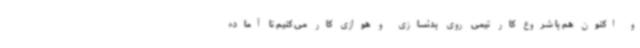
و اکنون هم با شروع کار تیمی روی بدنسازی و هوازی کار می کنیم تا آماده